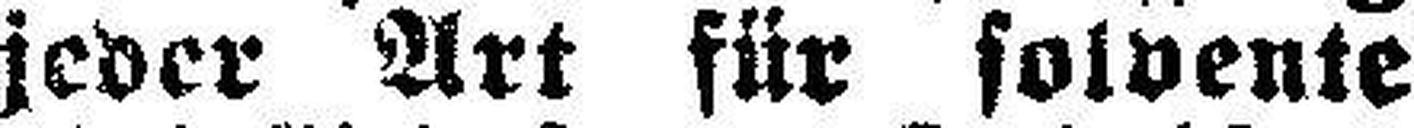
jeder Art für solvente